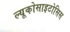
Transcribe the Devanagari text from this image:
ल्यूकोसाइटोसिस